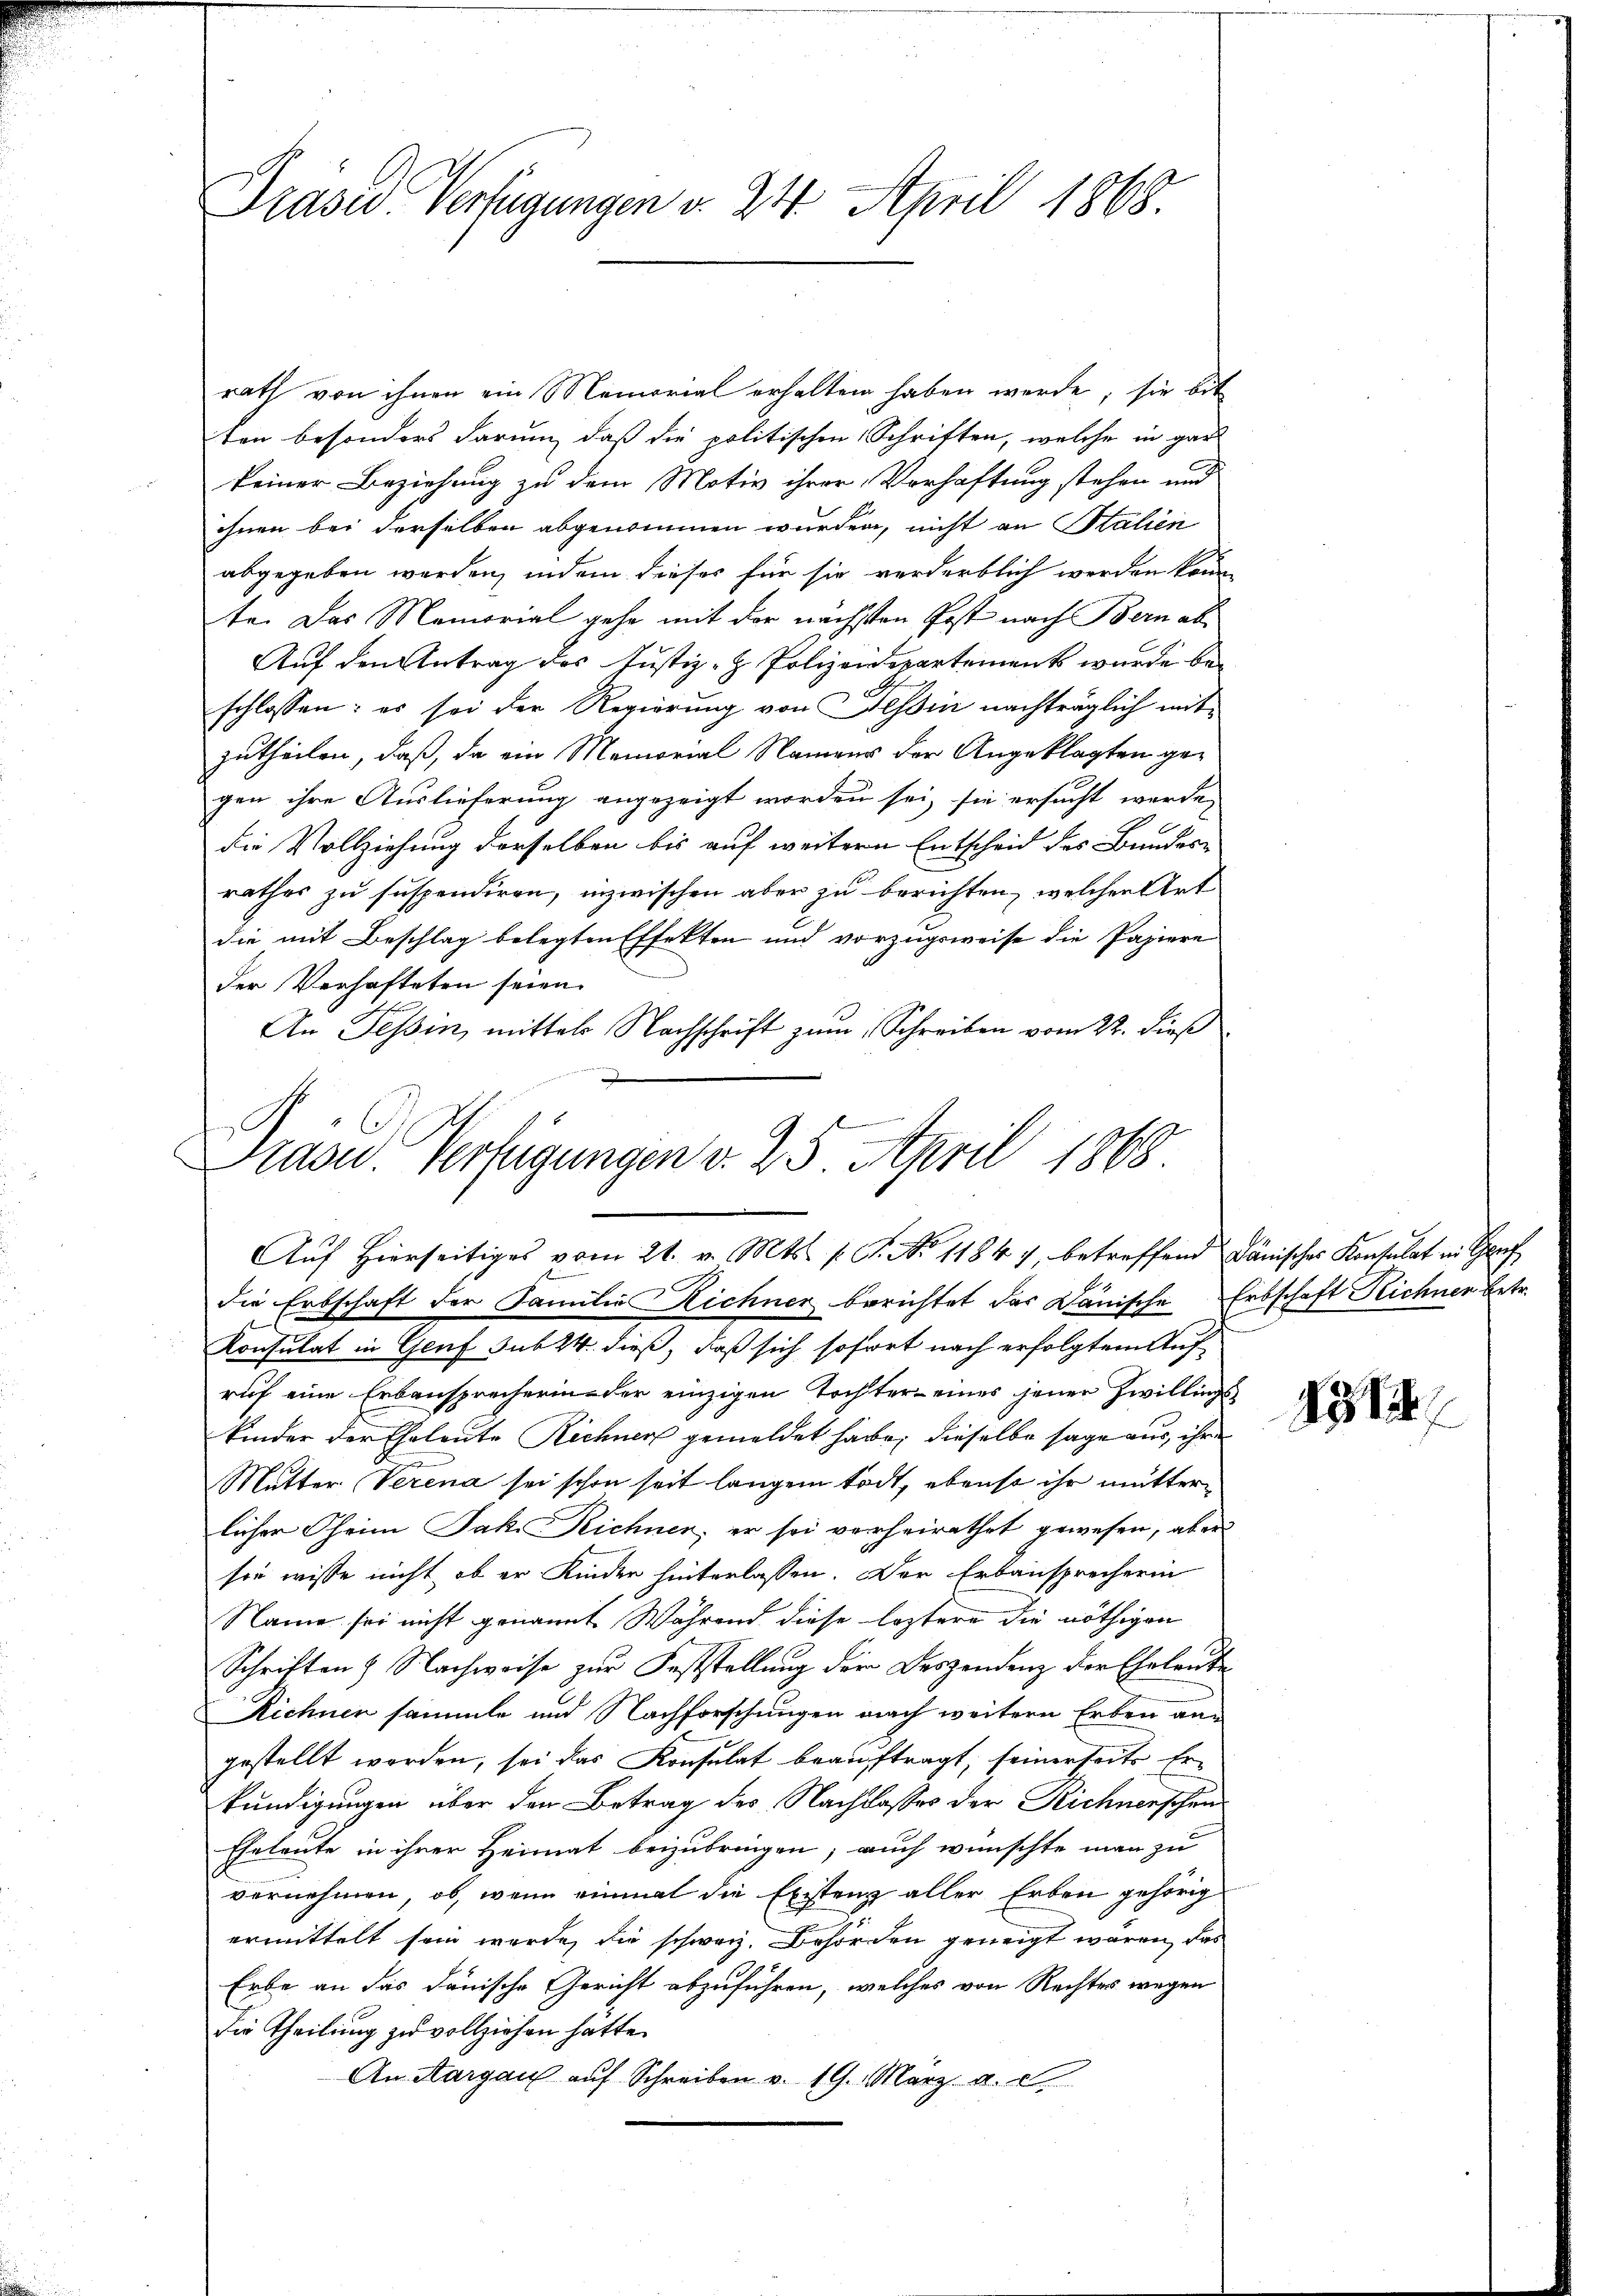
Prased Verfügungen v. 24. April 1868.

rath von ihnen ein Memorial erhalten haben werde, sie bit
ten besonders darum, daß die politischen Schriften, welche in gar
keiner Beziehung zu dem Motiv ihrer Verhaftung stehen und
ihnen bei derselben abgenommen wurden, nicht an Stalien
abgegeben werden, indem dieses für sie verderblich werden könne
te. Das Memorial gehe mit der nächsten Post nach Bern ab
Auf den Antrag des Justiz- & Polizeidepartement wurde beschlossen: es sei der Regierung von Tessin nachträglich mit
zutheilen, daß, da ein Memorial Namens der Angeklagten gegen ihre Auslieferung angezeigt worden sei, sie ersucht werde,
die Vollziehung derselben bis auf weitern Entscheid des Bundes-
rathes zu suspendiren, inzwischen aber zu berichten, welchen Art
die mit Beschlag belegten Effekten und vorzugsweise die Papiere
der Verhafteten seien.
An Tessin, mittels Nachschrift zum Schreiben vom 22. dieß
Präsid. Verfügungen d. 25. April 1868

Auf Hierseitiges vom 21. v. Mts. f. G. No 11847, betreffend Dänisches Konsulat in Spr
die Erbschaft der Familie Richner berichtet das Dänische Erbschaft Reichner betr.

Konsulat in Genf sub 24. dieß, daß sich sofort nach erfolgtem Auf-
rich eine Erbansprecherin der einzigen Tochter eines jener Zwillings
Kinder der Eheleute Rechner gemeldet habe, dieselbe sage aus, ihre
Mutter Verena sei schon seit langem todt, ebenso ihr mutterlicher Theim Jak. Reichnen; er sei vorheirathet gewesen, aber
sie wisse nicht, ob er Kinder hinterlassen. Der Erbansprecherin
Name sei nicht genannt. Während diese leztere die nöthigen
Schriften & Nachweise zur Feststellung der Deszendenz der Eheleute
Richnen sammte und Nachforschungen nach weitere Erben angestellt worden, sei das Konsulat beauftragt, seinerseits Erkundigungen über den Betrag des Nachlasses der Reichnerschen
Eheleute in ihrer Heimat beizubringen; auch wünschte man zu
vernehmen, ob, wenn einmal die Existenz aller Erben gehörig
ermittelt sein werde, die schweiz. Behörden geneigt waren, das
Erbe an das danische Gericht abzuführen, welches von Rechtes wegen
Die Theilung zu vollziehen hätte.
An Aargau auf Schreiben v. 19. März a. c.

4314